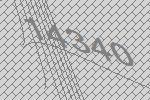
14340